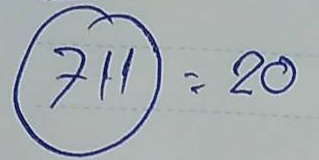
(711) = 20